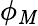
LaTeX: \phi_{\mathit{M}}